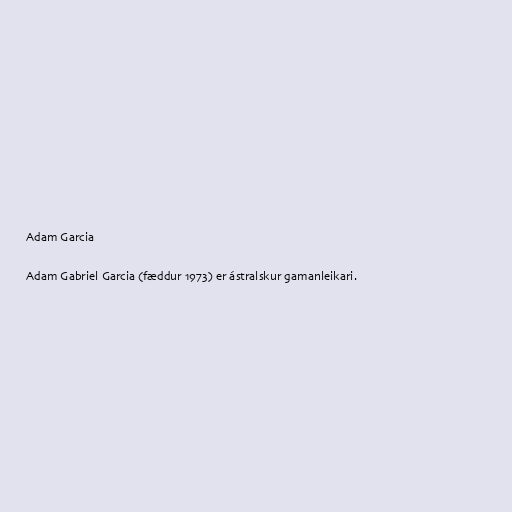
Adam Garcia

Adam Gabriel Garcia (fæddur 1973) er ástralskur gamanleikari.